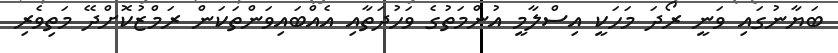
ބަޔާނުގައި ވަނީ ރޯދަ މަހަކީ އިސްލާމީ އުންމަތުގެ ވަހުދަތާއި އެއްބައިވަންތަކަން ރަމްޒުކޮށްދޭ މަތިވެރި